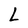
Character: L